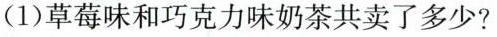
(1)草莓味和巧克力味奶茶共卖了多少?